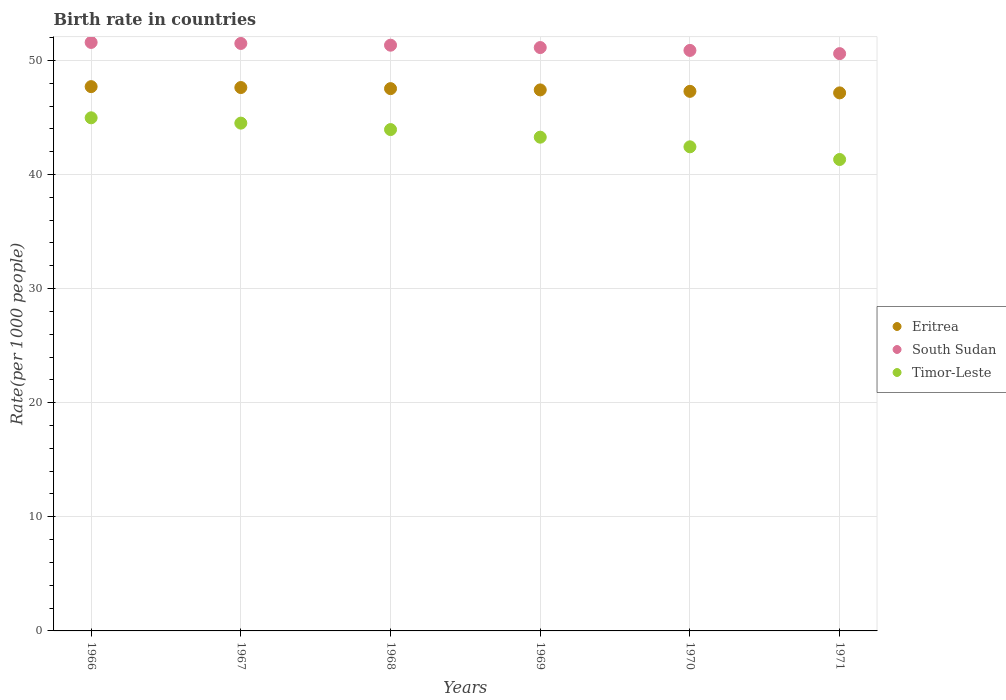
| Years | Eritrea | South Sudan | Timor-Leste |
 | --- | --- | --- | --- |
 | 1966 | 47.7 | 51.6 | 45 |
 | 1967 | 47.6 | 51.5 | 44.5 |
 | 1968 | 47.5 | 51.3 | 43.9 |
 | 1969 | 47.4 | 51.1 | 43.3 |
 | 1970 | 47.3 | 50.9 | 42.4 |
 | 1971 | 47.2 | 50.6 | 41.3 |